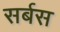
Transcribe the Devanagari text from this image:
सर्बस